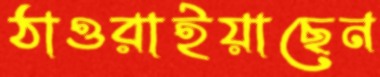
ঠাওরাইয়াছেন